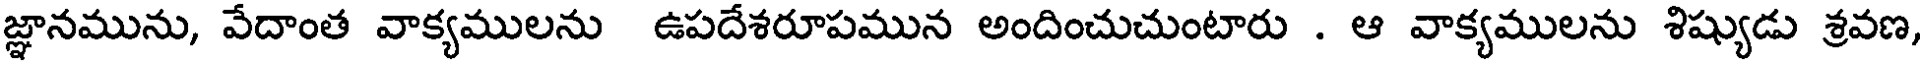
జ్ఞానమును, వేదాంత వాక్యములను ఉపదేశరూపమున అందించుచుంటారు . ఆ వాక్యములను శిష్యుడు శ్రవణ,